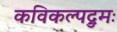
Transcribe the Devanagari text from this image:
कविकल्पद्रुमः